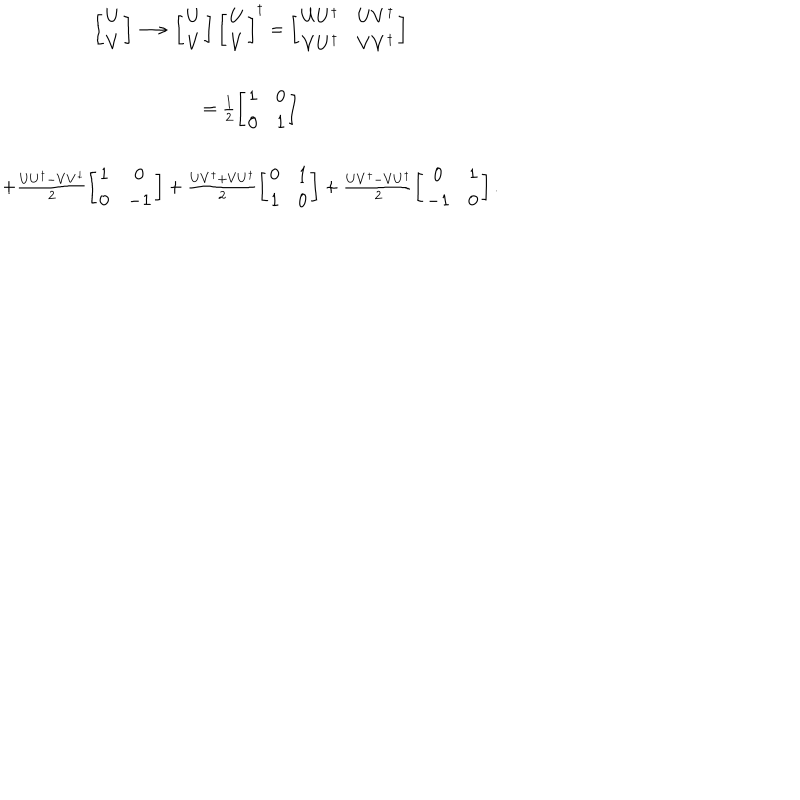
LaTeX: \begin{array} { c } { { \left[ \begin{array} { c } { { U } } \\ { { V } } \\ \end{array} \right] \longrightarrow \left[ \begin{array} { c } { { U } } \\ { { V } } \\ \end{array} \right] \left[ \begin{array} { c } { { U } } \\ { { V } } \\ \end{array} \right] ^ { \dagger } = \left[ \begin{array} { c c } { { U U ^ { \dagger } } } & { { U V ^ { \dagger } } } \\ { { V U ^ { \dagger } } } & { { V V ^ { \dagger } } } \\ \end{array} \right] } } \\ { { = \frac { 1 } { 2 } \left[ \begin{array} { c c } { { 1 } } & { { 0 } } \\ { { 0 } } & { { 1 } } \\ \end{array} \right] } } \\ { { + \frac { U U ^ { \dagger } - V V ^ { \dagger } } { 2 } \left[ \begin{array} { c c } { { 1 } } & { { 0 } } \\ { { 0 } } & { { - 1 } } \\ \end{array} \right] + \frac { U V ^ { \dagger } + V U ^ { \dagger } } { 2 } \left[ \begin{array} { c c } { { 0 } } & { { 1 } } \\ { { 1 } } & { { 0 } } \\ \end{array} \right] + \frac { U V ^ { \dagger } - V U ^ { \dagger } } { 2 } \left[ \begin{array} { c c } { { 0 } } & { { 1 } } \\ { { - 1 } } & { { 0 } } \\ \end{array} \right] . } } \\ \end{array}